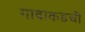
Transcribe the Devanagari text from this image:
गावाकडची